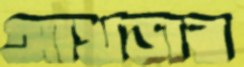
আখড়ার